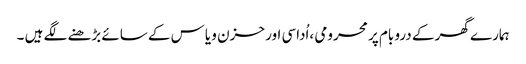
ہمارے گھر کے درو بام پر محرومی ،اُداسی اور حزن و یاس کے سائے بڑھنے لگے ہیں ۔